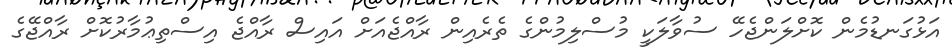
އަޅުގަނޑުމެން ކޮށްލަންޖެހޭ ސުވާލަކީ މުސްލިމުންގެ ތެރެއިން ރާއްޖެއަށް އައިސް ރާއްޖެ އިސްތިޢުމާރުކޮށް ރާއްޖޭގެ